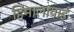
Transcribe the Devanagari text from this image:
हिमालायाई